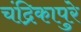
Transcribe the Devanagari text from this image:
चंद्रिकापुरे